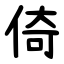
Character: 倚